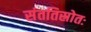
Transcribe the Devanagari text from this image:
संततिस्रोतः